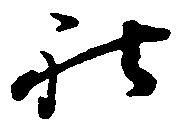
社